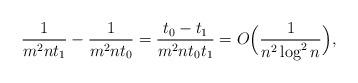
LaTeX: \begin{align*}{1\over m^2 n t_1}-{1\over m^2 n t_0}={t_0-t_1\over m^2nt_0t_1}=O\Bigl({1\over n^2\log^2 n}\Bigr),\end{align*}